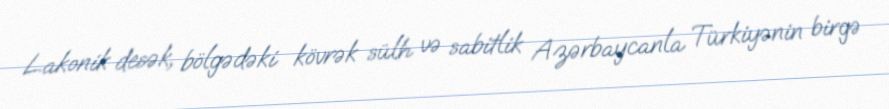
Lakonik desək, bölgədəki kövrək sülh və sabitlik Azərbaycanla Türkiyənin birgə